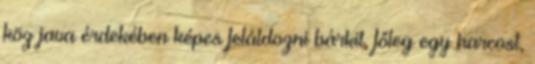
köz java érdekében képes feláldozni bárkit, főleg egy harcost,